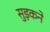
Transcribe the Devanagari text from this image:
सुड़कने